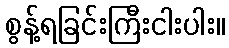
စွန့်ရခြင်းကြီးငါးပါး။